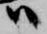
尉